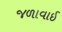
જળાવાઈ